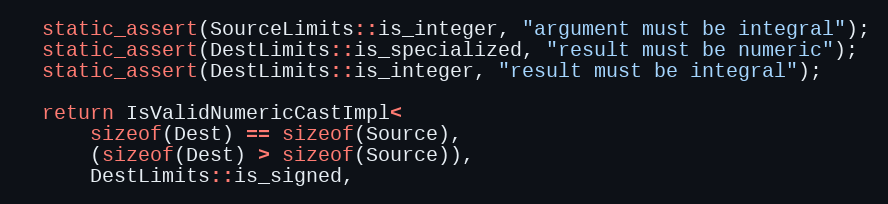
Language: C
  static_assert(SourceLimits::is_integer, "argument must be integral");
  static_assert(DestLimits::is_specialized, "result must be numeric");
  static_assert(DestLimits::is_integer, "result must be integral");

  return IsValidNumericCastImpl<
      sizeof(Dest) == sizeof(Source),
      (sizeof(Dest) > sizeof(Source)),
      DestLimits::is_signed,